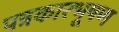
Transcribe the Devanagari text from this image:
पत्रकारभूषण